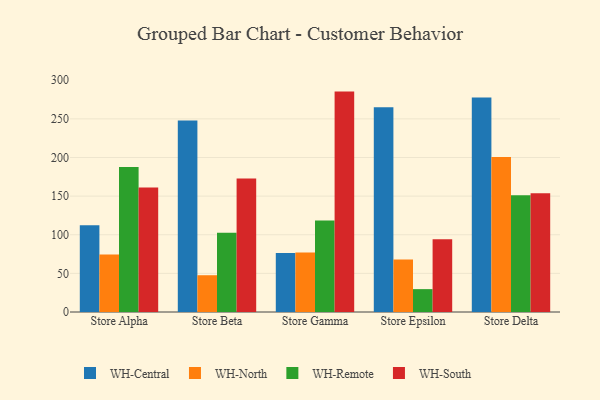
{"axis": {"x": "Store", "y": "Operating Costs (USD K)"}, "legend": ["WH-Central", "WH-North", "WH-Remote", "WH-South"], "data": [{"x": "Store Alpha", "y": 112.4, "type": "WH-Central"}, {"x": "Store Alpha", "y": 74.3, "type": "WH-North"}, {"x": "Store Alpha", "y": 187.6, "type": "WH-Remote"}, {"x": "Store Alpha", "y": 161.1, "type": "WH-South"}, {"x": "Store Beta", "y": 248.0, "type": "WH-Central"}, {"x": "Store Beta", "y": 47.6, "type": "WH-North"}, {"x": "Store Beta", "y": 102.5, "type": "WH-Remote"}, {"x": "Store Beta", "y": 172.8, "type": "WH-South"}, {"x": "Store Gamma", "y": 76.4, "type": "WH-Central"}, {"x": "Store Gamma", "y": 76.9, "type": "WH-North"}, {"x": "Store Gamma", "y": 118.3, "type": "WH-Remote"}, {"x": "Store Gamma", "y": 285.3, "type": "WH-South"}, {"x": "Store Epsilon", "y": 265.2, "type": "WH-Central"}, {"x": "Store Epsilon", "y": 68.1, "type": "WH-North"}, {"x": "Store Epsilon", "y": 29.6, "type": "WH-Remote"}, {"x": "Store Epsilon", "y": 94.1, "type": "WH-South"}, {"x": "Store Delta", "y": 277.8, "type": "WH-Central"}, {"x": "Store Delta", "y": 200.5, "type": "WH-North"}, {"x": "Store Delta", "y": 151.1, "type": "WH-Remote"}, {"x": "Store Delta", "y": 153.6, "type": "WH-South"}]}